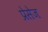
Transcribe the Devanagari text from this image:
प्रेसेज